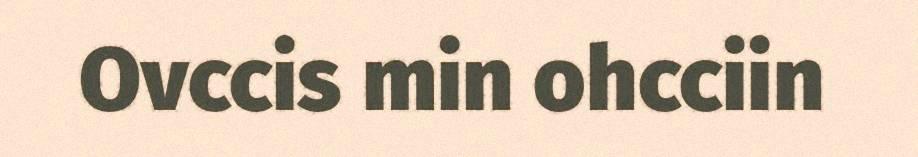
Ovccis min ohcciin